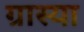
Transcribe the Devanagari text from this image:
ग्रास्या